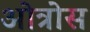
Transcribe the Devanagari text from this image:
ओत्रोस